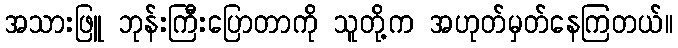
အသားဖြူ ဘုန်းကြီးပြောတာကို သူတို့က အဟုတ်မှတ်နေကြတယ်။